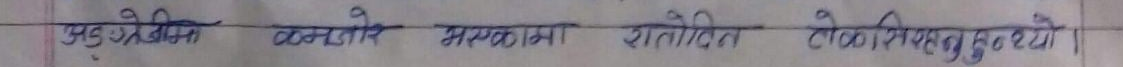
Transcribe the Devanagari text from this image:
उप-क्षेत्रीय कमजोर संरचना रातीदिन देखिरहनुहुन्छ।